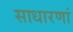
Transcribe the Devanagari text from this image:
साधारणां